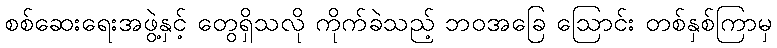
စစ်ဆေးရေးအဖွဲ့နှင့် တွေရှိသလို ကိုက်ခဲသည့် ဘဝအခြေ ဩောင်း တစ်နှစ်ကြာမှ